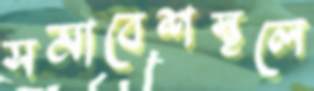
সমাবেশস্থলে